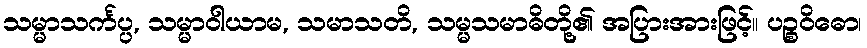
သမ္မာသင်္ကပ္ပ, သမ္မာဝါယာမ, သမာသတိ, သမ္မသမာဓိတို့၏ အပြားအားဖြင့်။ ပဉ္စဝိဓော၊